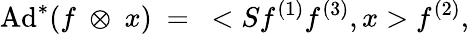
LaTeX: \mathrm{Ad}^{*}(f~\otimes~x)~=~<Sf^{(1)}f^{(3)},x>f^{(2)},